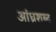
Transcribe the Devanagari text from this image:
आंध्रशब्द